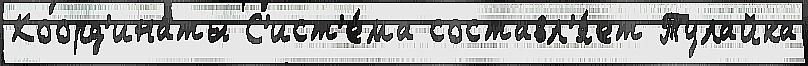
Коорд'ина́ты С'ист'е́ма составл'я́ет Тулайка